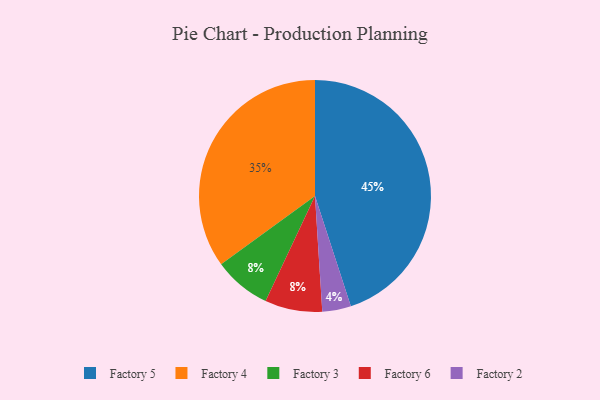
{"axis": {"x": "Category", "y": "Percentage"}, "legend": ["Factory 2", "Factory 3", "Factory 4", "Factory 5", "Factory 6"], "data": [{"x": "Factory 4", "y": 35, "type": "Factory 4"}, {"x": "Factory 3", "y": 8, "type": "Factory 3"}, {"x": "Factory 6", "y": 8, "type": "Factory 6"}, {"x": "Factory 5", "y": 45, "type": "Factory 5"}, {"x": "Factory 2", "y": 4, "type": "Factory 2"}]}